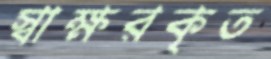
স্বাক্ষরকৃত